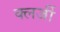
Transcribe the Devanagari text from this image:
क्लर्जी